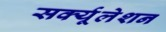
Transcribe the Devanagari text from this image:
सर्क्यूलेशन